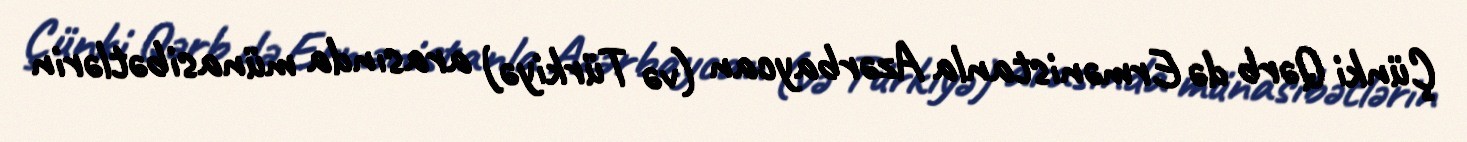
Çünki Qərb də Ermənistanla Azərbaycan (və Türkiyə) arasında münasibətlərin